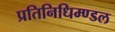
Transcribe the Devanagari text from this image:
प्रतिनिधिम्ण्डल